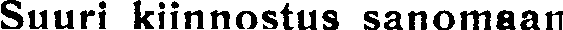
Suuri kiinnostus sanomaan